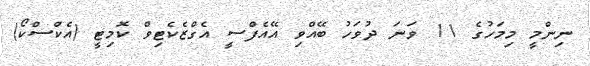
ނިންމީ މިމަހުގެ 11 ވަނަ ދުވަހު ބޭއްވި އޭއެފްސީ އެގްޒެކެޓިވް ކޮމިޓީ (އެކްސްކޯ)